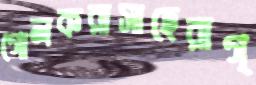
গোলকরাসাহেরাগ্